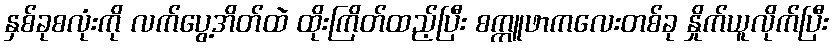
နှစ်ခုစလုံးကို လက်ပွေ့အိတ်ထဲ ထိုးကြိတ်ထည့်ပြီး စက္ကူဖာကလေးတစ်ခု နှိုက်ယူလိုက်ပြီး